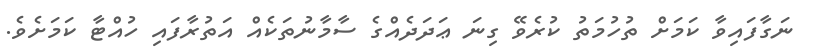
ނަގާފައިވާ ކަމަށް ތުހުމަތު ކުރެވޭ ގިނަ ޢަދަދެއްގެ ސާމާނުތަކެއް އަތުރާފައި ހުއްޓާ ކަމަށެވެ.